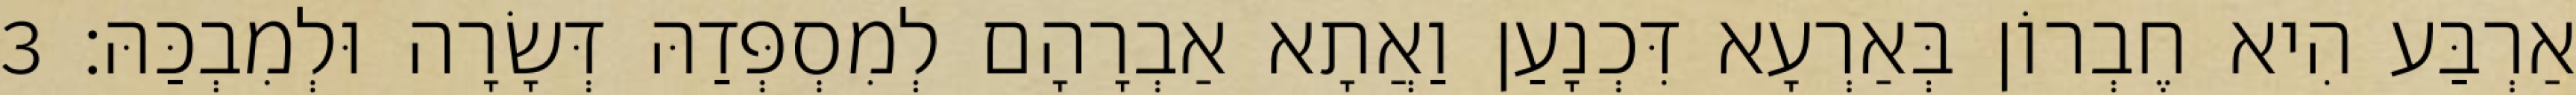
אַרְבַּע הִיא חֶבְרוֹן בְּאַרְעָא דִּכְנָעַן וַאֲתָא אַבְרָהָם לְמִסְפְּדַהּ דְּשָׂרָה וּלְמִבְכַּהּ׃ 3